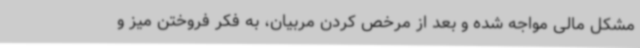
مشکل مالی مواجه شده و بعد از مرخص کردن مربیان، به فکر فروختن میز و